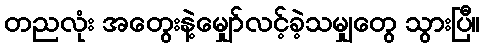
တညလုံး အတွေးနဲ့မျှော်လင့်ခဲ့သမျှတွေ သွားပြီ။